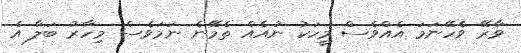
ވާރޭ ވެހޭނަމަ އެއްވެސް މީހަކު ނުއެއް ތެމޭނެ ނަމަވެސް މިހާރު ބަލާ އެ